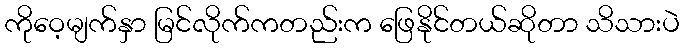
ကိုဝေ့မျက်နှာ မြင်လိုက်ကတည်းက ဖြေနိုင်တယ်ဆိုတာ သိသားပဲ